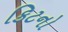
કિટનો